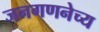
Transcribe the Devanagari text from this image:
जनगणनेच्य